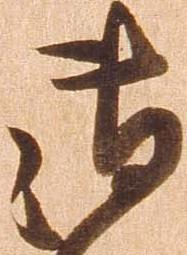
御